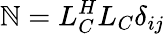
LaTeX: \mathbb{N}=L_{C}^{H}L_{C}\delta_{ij}